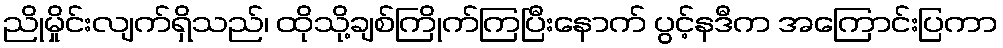
ညိုမှိုင်းလျက်ရှိသည်၊ ထိုသို့ချစ်ကြိုက်ကြပြီးနောက် ပွင့်နဒီက အကြောင်းပြကာ